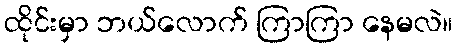
ထိုင်းမှာ ဘယ်လောက် ကြာကြာ နေမလဲ။